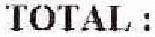
TOTAL :